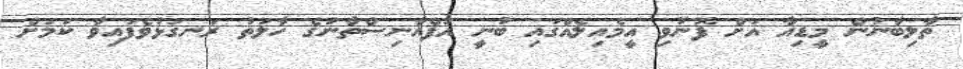
ތާލިބާނުން މީޑިއާ އަށް ފޮނުވި އީމެއިލެއްގައި ބުނީ އަފްޣާނިސްތާނުގެ ހާލަތު ރަނގަޅުވެފައިވާ ކަމަށް